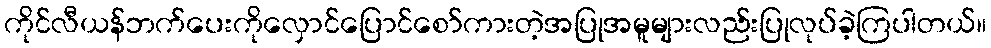
ကိုင်လီယန်ဘက်ပေးကိုလှောင်ပြောင်စော်ကားတဲ့အပြုအမူများလည်းပြုလုပ်ခဲ့ကြပါတယ်။